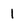
Character: I